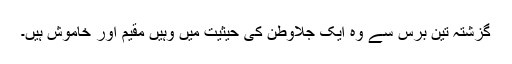
گزشتہ تین برس سے وہ ایک جلاوطن کی حیثیت میں وہیں مقیم اور خاموش ہیں۔